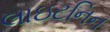
લાઇટનિન